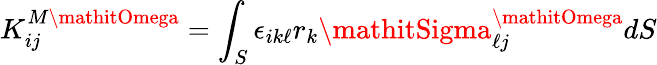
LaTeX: K_{ij}^{M\mathitOmega}=\int_{S}\epsilon_{ik\ell}r_{k}\mathitSigma_{\ell j}^{\mathitOmega}dS